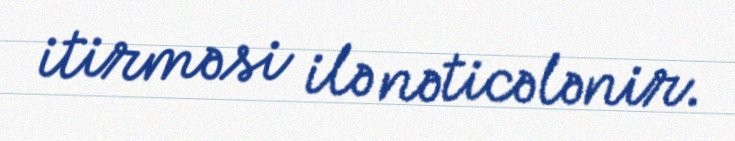
itirməsi ilə nəticələnir.